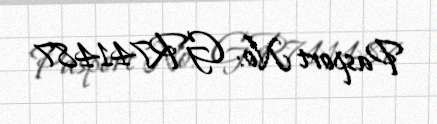
Pasport №: GR741487